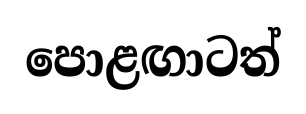
පොළඟාටත්